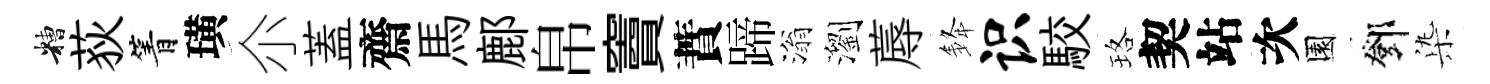
糟荻箐璜尒蓋齋馬鄜帛竇蕡蹄滃瀏蓐𨦟识駮珞契站次園鄧𣑱